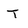
Character: T